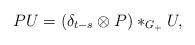
LaTeX: \begin{align*} PU = (\delta_{t-s}\otimes P)*_{G_+}U,\end{align*}